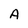
Character: A